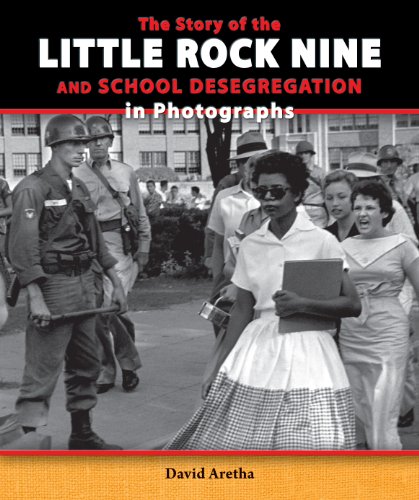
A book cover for The Story of the Little Rock Nine and School Desegregation in Photographs (Story of the Civil Rights Movement in Photographs); David Aretha; Children's Books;